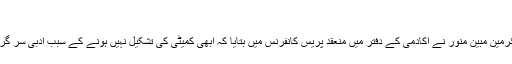
مبین منور
کرناٹک اردو اکادمی کے چیئرمین مبین منور نے اکادمی کے دفتر میں منعقد پریس کانفرنس میں بتایا کہ ابھی کمیٹی کی تشکیل نہیں ہونے کے سبب ادبی سر گرمیاں شروع نہیں ہو پائی ہیں۔